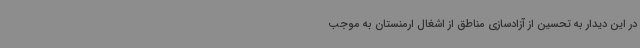
در این دیدار به تحسین از آزادسازی مناطق از اشغال ارمنستان به موجب